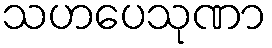
သဟပေသုဏာ